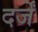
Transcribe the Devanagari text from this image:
दर्जें